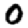
Digit: 0